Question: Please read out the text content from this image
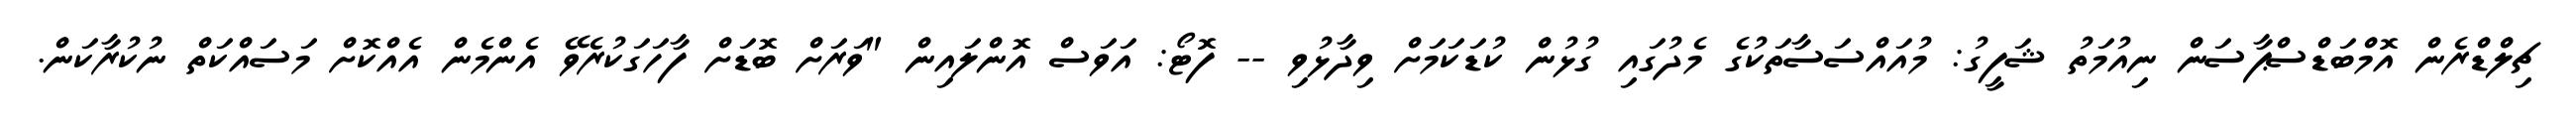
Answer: ޗިލްޑްރެން އޮމްބަޑްސްޕާސަން ނިއުމަތު ޝަފީގު: މުއައްސަސާތަކުގެ މެދުގައި ގުޅުން ކުޑަކަމަށް ވިދާޅުވި -- ފޮޓޯ: އަވަސް އޮންލައިން "ވަރަށް ބޮޑަށް ފާހަގަކުރެވޭ އެންމެން އެއްކޮށް މަސައްކަތް ނުކުރާކަން.